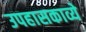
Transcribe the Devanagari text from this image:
उपहासकाव्ये